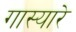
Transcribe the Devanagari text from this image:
गास्यारे